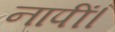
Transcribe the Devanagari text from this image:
नापीं।